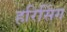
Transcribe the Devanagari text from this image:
हरिसिंग